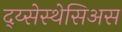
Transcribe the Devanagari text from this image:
द्य्सेस्थेसिअस